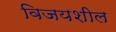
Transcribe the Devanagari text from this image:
विजयशील